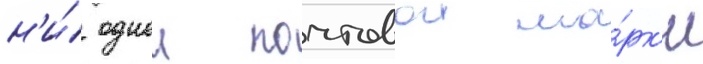
н'и́ однои почтовои ма́рк'и